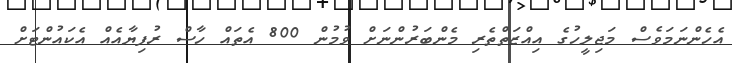
އެހެންނަމަވެސް މަޖިލީހުގެ އިއްޒަތްތެރި މެންބަރުންނަށް ވުމުން 800 އެތައް ހާސް ރުފިޔާއެއް އެކައުންޓަށް